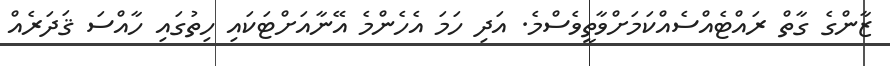
ޒާންގެ ގާތް ރައްޓެއްސެއްކަމަށްވާތީވެސްމެ. އަދި ހަމަ އެހެންމެ އޭނާއަށްޓަކައި ހިތުގައި ހާއްސަ ޤަދަރެއް